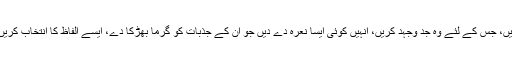
آپ اپنے آپ کو ان کی امیدوں کا نشان منزل بنا کر انہیں کوئی سوچ کوئی وجہ کوئی سبب دیں، جس کے لئے وہ جد وجہد کریں، انہیں کوئی ایسا نعرہ دے دیں جو ان کے جذبات کو گرما بھڑکا دے، ایسے الفاظ کا انتخاب کریں جو اشارے دیتے ہوں، واضح نہ ہوں، ان میں خوشخبری ہو، امید ہو، مایوسی یا شدت نہ ہو۔